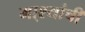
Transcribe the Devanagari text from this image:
मा्श्यांची